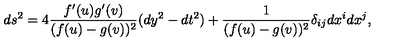
d s ^ { 2 } = 4 \frac { f ^ { \prime } ( u ) g ^ { \prime } ( v ) } { ( f ( u ) - g ( v ) ) ^ { 2 } } ( d y ^ { 2 } - d t ^ { 2 } ) + \frac { 1 } { ( f ( u ) - g ( v ) ) ^ { 2 } } \delta _ { i j } d x ^ { i } d x ^ { j } , \,